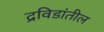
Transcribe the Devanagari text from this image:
द्रविडांतील